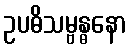
ဥပဓိသမ္ဗန္ဓနော